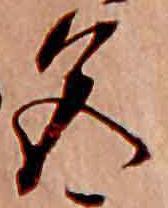
色